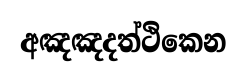
අඤඤදත්ථිකෙන